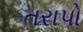
તરાપો